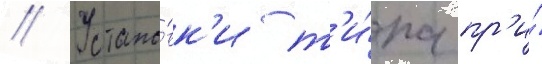
// Устано́вк'и т'и́па пр'и́